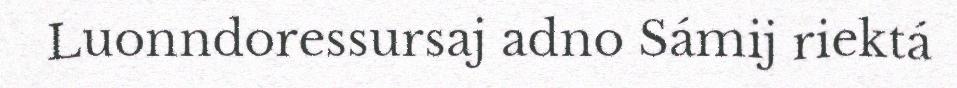
Luonndoressursaj adno Sámij riektá